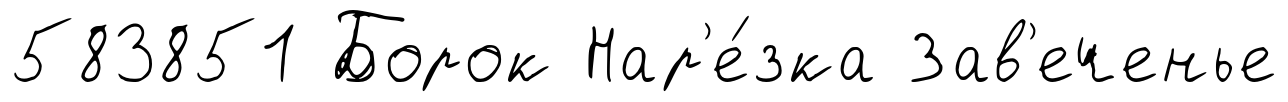
583851 Борок Нар'е́зка Зав'еченье